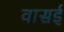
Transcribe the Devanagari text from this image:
वासई